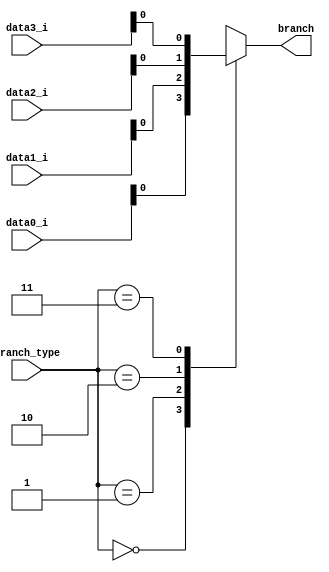
//id: 109550022
`timescale 1ns / 1ps

module MUX_4to1(
    data0_i,
    data1_i,
    data2_i,
    data3_i,
    branch_type,
    branch
    );

parameter size = 0;

input [size-1:0] data0_i, data1_i, data2_i, data3_i;
input [2-1:0] branch_type;
output branch;

reg branch;

always @(*) begin
    case (branch_type)
    0: branch <= data0_i;
    1: branch <= data1_i;
    2: branch <= data2_i;
    3: branch <= data3_i;
    
    endcase
end
    
endmodule